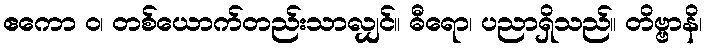
ဧကော ဝ၊ တစ်ယောက်တည်းသာလျှင်။ ဓီရော၊ ပညာရှိသည်။ တိဗ္ဗာနိ၊